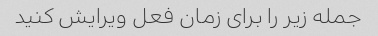
جمله زیر را برای زمان فعل ویرایش کنید